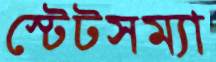
স্টেটসম্যা